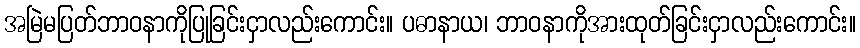
အမြဲမပြတ်ဘာဝနာကိုပြုခြင်းငှာလည်းကောင်း။ ပဓာနာယ၊ ဘာဝနာကိုအားထုတ်ခြင်းငှာလည်းကောင်း။